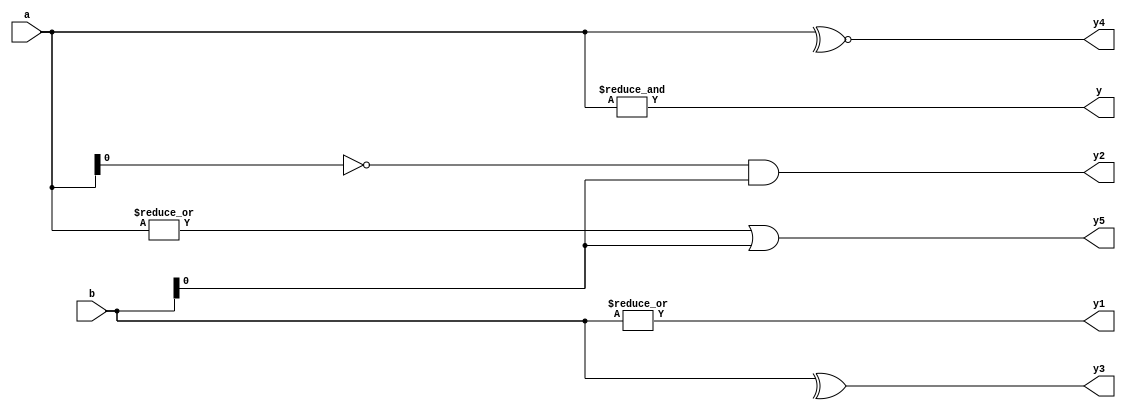
module unary(
input [3:0]a,b,
output y,y1,y2,y3,y4,y5);
 assign y=&a;
assign y1=|b;
assign y2=~a&b;
assign y5=|a|b;
assign y3=^b;
assign y4=^~a;
endmodule